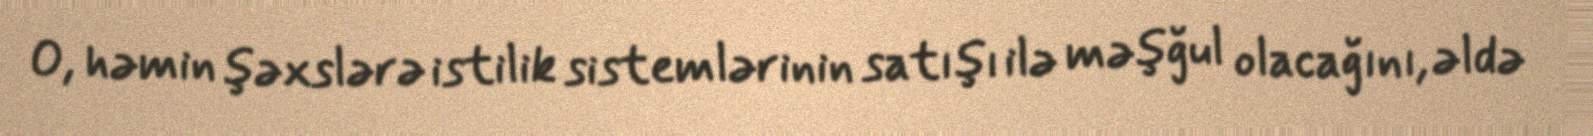
O, həmin şəxslərə istilik sistemlərinin satışı ilə məşğul olacağını, əldə